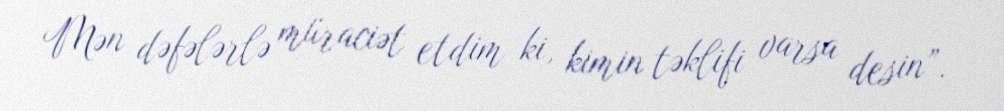
Mən dəfələrlə müraciət etdim ki, kimin təklifi varsa desin”.